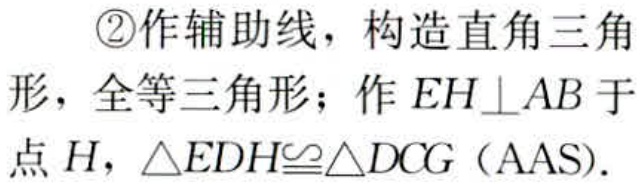
\textcircled{2}作辅助线，构造直角三角

形，全等三角形；作 \(EH\perp AB\) 于

点 \(H\)，\(\triangle EDH\cong\triangle DCG\)（AAS）.